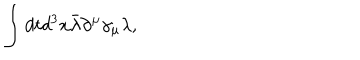
\int d t d ^ { 3 } x \bar { \lambda } \partial ^ { \mu } \gamma _ { \mu } \lambda ,